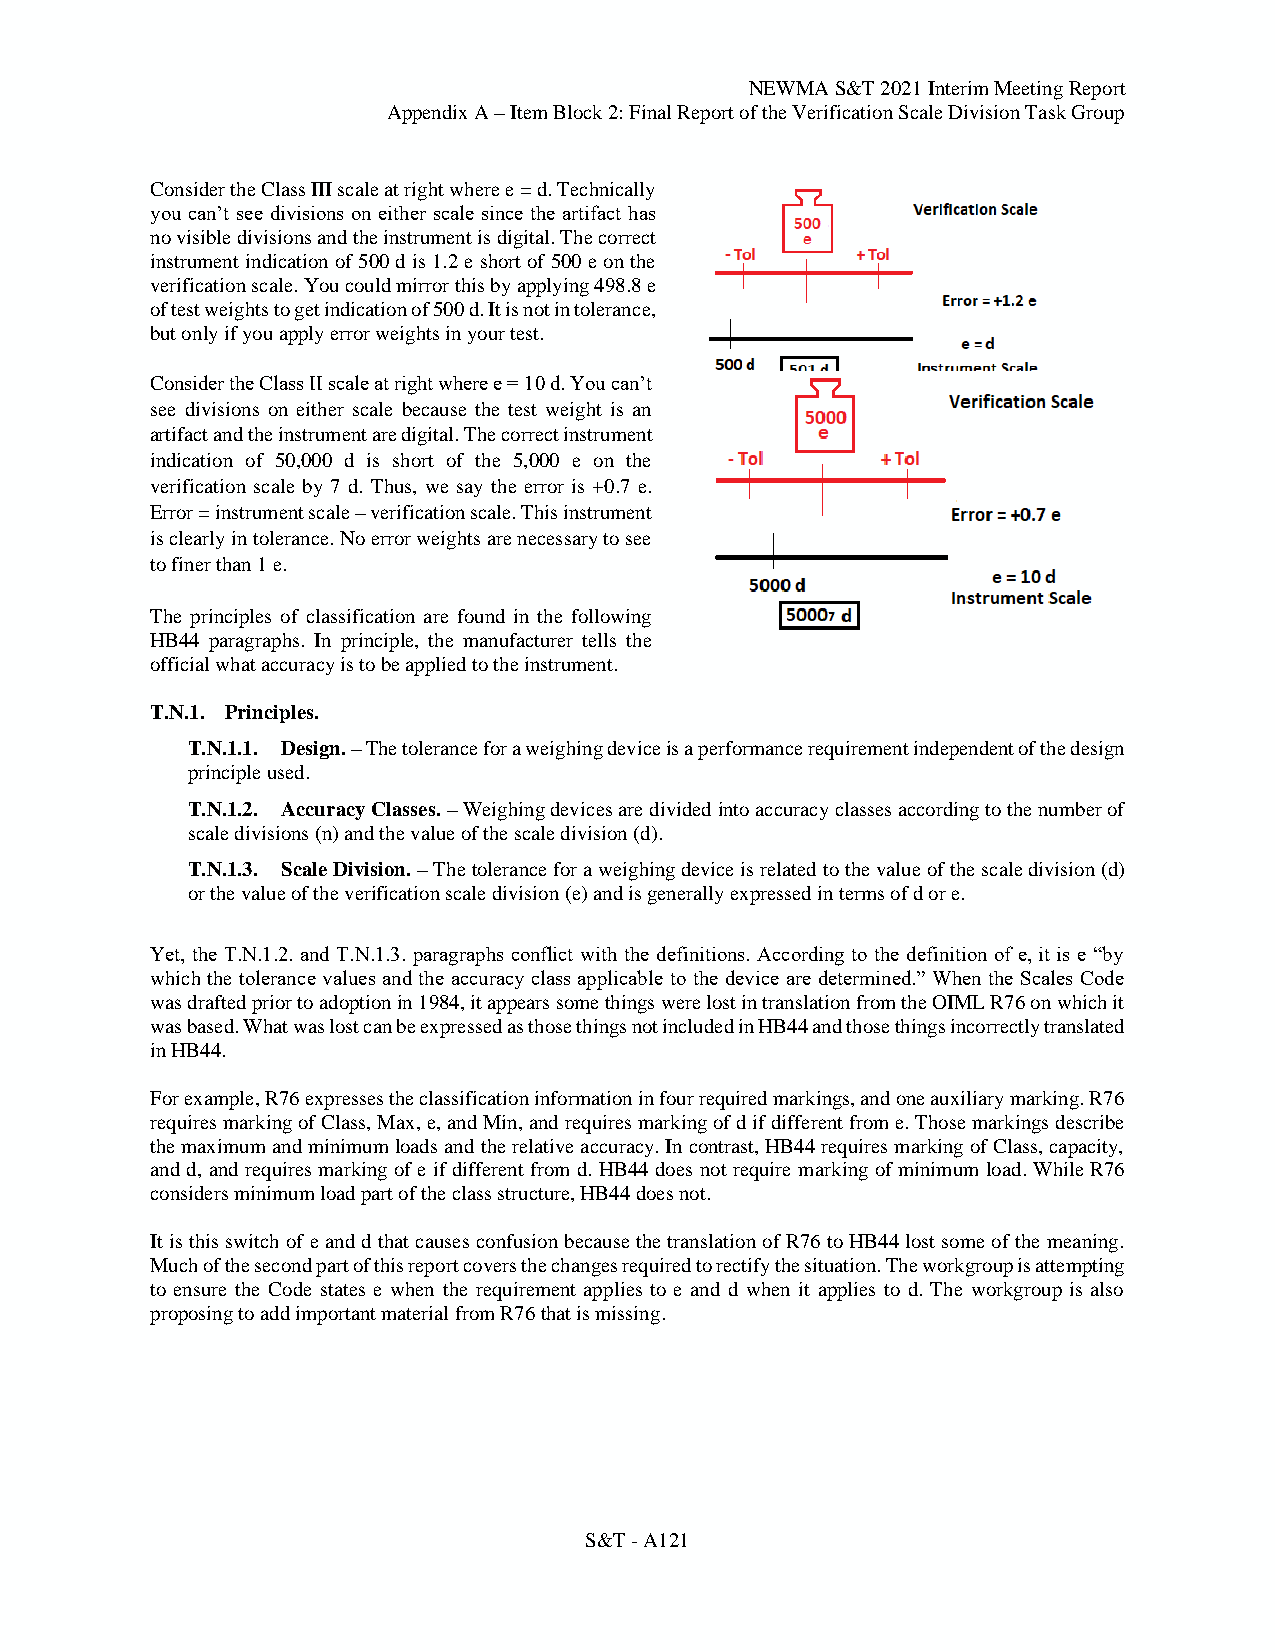
NEWMA S&T 2021 Interim Meeting Report
 Appendix A – Item Block 2: Final Report of the Verification Scale Division Task Group
 Consider the Class III scale at right where e = d. Technically
 you can’t see divisions on either scale since the artifact has
 no visible divisions and the instrument is digital. The correct
 instrument indication of 500 d is 1.2 e short of 500 e on the
 verification scale. You could mirror this by applying 498.8 e
 of test weights to get indication of 500 d. It is not in tolerance,
 but only if you apply error weights in your test.
 Consider the Class II scale at right where e = 10 d. You can’t
 see divisions on either scale because the test weight is an
 artifact and the instrument are digital. The correct instrument
 indication of 50,000 d is short of the 5,000 e on the
 verification scale by 7 d. Thus, we say the error is +0.7 e.
 Error = instrument scale – verification scale. This instrument
 is clearly in tolerance. No error weights are necessary to see
 to finer than 1 e.
 The principles of classification are found in the following
 HB44 paragraphs. In principle, the manufacturer tells the
 official what accuracy is to be applied to the instrument.
 T.N.1. Principles.
 T.N.1.1. Design. – The tolerance for a weighing device is a performance requirement independent of the design
 principle used.
 T.N.1.2. Accuracy Classes. – Weighing devices are divided into accuracy classes according to the number of
 scale divisions (n) and the value of the scale division (d).
 T.N.1.3. Scale Division. – The tolerance for a weighing device is related to the value of the scale division (d)
 or the value of the verification scale division (e) and is generally expressed in terms of d or e.
 Yet, the T.N.1.2. and T.N.1.3. paragraphs conflict with the definitions. According to the definition of e, it is e “by
 which the tolerance values and the accuracy class applicable to the device are determined.” When the Scales Code
 was drafted prior to adoption in 1984, it appears some things were lost in translation from the OIML R76 on which it
 was based. What was lost can be expressed as those things not included in HB44 and those things incorrectly translated
 in HB44.
 For example, R76 expresses the classification information in four required markings, and one auxiliary marking. R76
 requires marking of Class, Max, e, and Min, and requires marking of d if different from e. Those markings describe
 the maximum and minimum loads and the relative accuracy. In contrast, HB44 requires marking of Class, capacity,
 and d, and requires marking of e if different from d. HB44 does not require marking of minimum load. While R76
 considers minimum load part of the class structure, HB44 does not.
 It is this switch of e and d that causes confusion because the translation of R76 to HB44 lost some of the meaning.
 Much of the second part of this report covers the changes required to rectify the situation. The workgroup is attempting
 to ensure the Code states e when the requirement applies to e and d when it applies to d. The workgroup is also
 proposing to add important material from R76 that is missing.
 S&T - A121